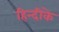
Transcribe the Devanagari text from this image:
हिन्दीके